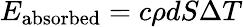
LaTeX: E_{\mathrm{absorbed}}=c\rho dS\Delta T